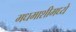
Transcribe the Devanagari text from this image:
मधमाशीमध्ये